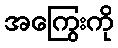
အကြွေးကို